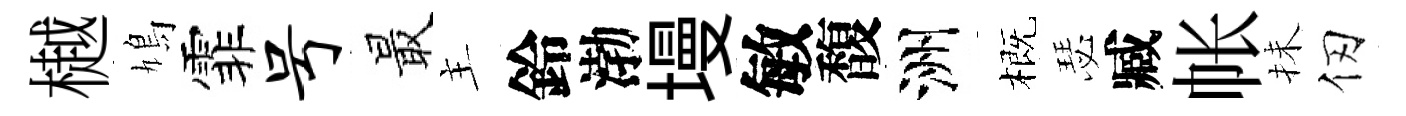
樾鳩霏号最主鈴渤墁敏馥洲概瑟臧帐抺仞